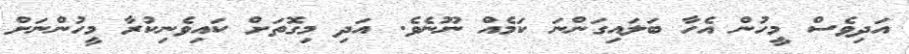
އަދިވެސް މީހުން އެހާ ބަލައިގަންނަ ކަމެއް ނޫނެވެ. އަދި މިގޮތަށް ކައިވެނިކުރާ މީހުންނަށް